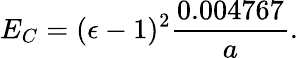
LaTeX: E_{C}=(\epsilon-1)^{2}{\frac{0.004767}{a}}.